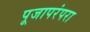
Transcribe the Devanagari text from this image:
पूजापरंपरा